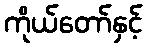
ကိုယ်တော်နှင့်